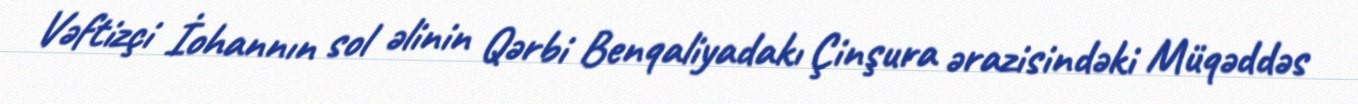
Vəftizçi İohannın sol əlinin Qərbi Benqaliyadakı Çinşura ərazisindəki Müqəddəs